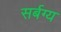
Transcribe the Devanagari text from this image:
सर्बग्य